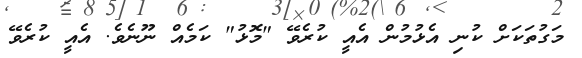
މަގުތަކަށް ކުނި އެޅުމުން އެއީ ކުރެވޭ "މޮޅު" ކަމެއް ނޫނެވެ. އެއީ ކުރެވޭ